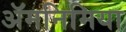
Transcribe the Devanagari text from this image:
ॲमनिमिया